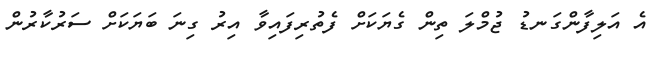
އެ އަލިފާންގަނޑު ޖުމްލަ ތިން ގެޔަކަށް ފެތުރިފައިވާ އިރު ގިނަ ބަޔަކަށް ސަރުކާރުން